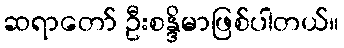
ဆရာတော် ဦးစန္ဒိမာဖြစ်ပါတယ်။